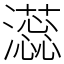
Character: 𬉡